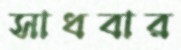
সাধবার